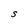
Character: S